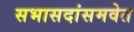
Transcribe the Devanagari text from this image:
सभासदांसमवेत